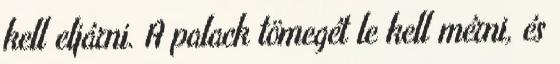
kell eljárni. A palack tömegét le kell mérni, és